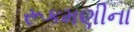
રૂકમણીના